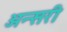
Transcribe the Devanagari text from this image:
अन्सरी